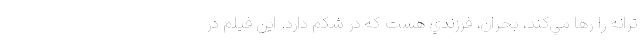
ترانه را رها مي‌کند، بحران، فرزندي هست که در شکم دارد. اين فيلم در